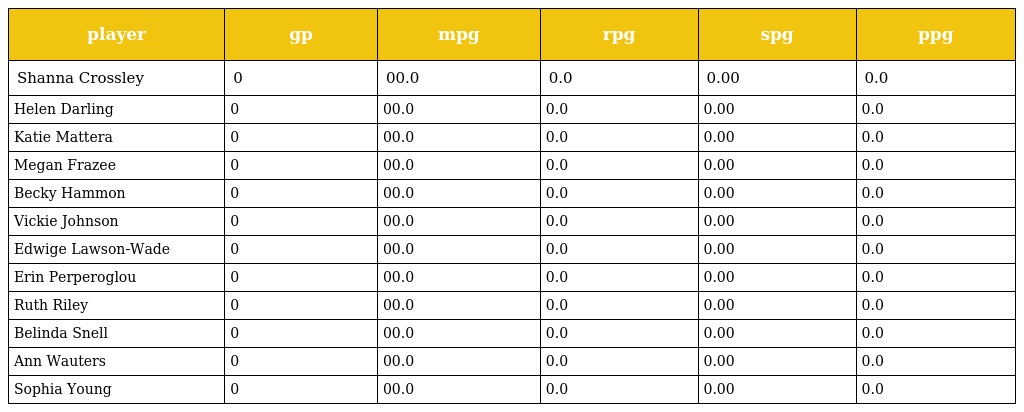
| player | gp | mpg | rpg | spg | ppg |
 | --- | --- | --- | --- | --- | --- |
 | Shanna Crossley | 0 | 00.0 | 0.0 | 0.00 | 0.0 |
 | Helen Darling | 0 | 00.0 | 0.0 | 0.00 | 0.0 |
 | Katie Mattera | 0 | 00.0 | 0.0 | 0.00 | 0.0 |
 | Megan Frazee | 0 | 00.0 | 0.0 | 0.00 | 0.0 |
 | Becky Hammon | 0 | 00.0 | 0.0 | 0.00 | 0.0 |
 | Vickie Johnson | 0 | 00.0 | 0.0 | 0.00 | 0.0 |
 | Edwige Lawson-Wade | 0 | 00.0 | 0.0 | 0.00 | 0.0 |
 | Erin Perperoglou | 0 | 00.0 | 0.0 | 0.00 | 0.0 |
 | Ruth Riley | 0 | 00.0 | 0.0 | 0.00 | 0.0 |
 | Belinda Snell | 0 | 00.0 | 0.0 | 0.00 | 0.0 |
 | Ann Wauters | 0 | 00.0 | 0.0 | 0.00 | 0.0 |
 | Sophia Young | 0 | 00.0 | 0.0 | 0.00 | 0.0 |